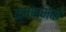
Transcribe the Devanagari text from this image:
क्षणमेकं